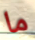
ما